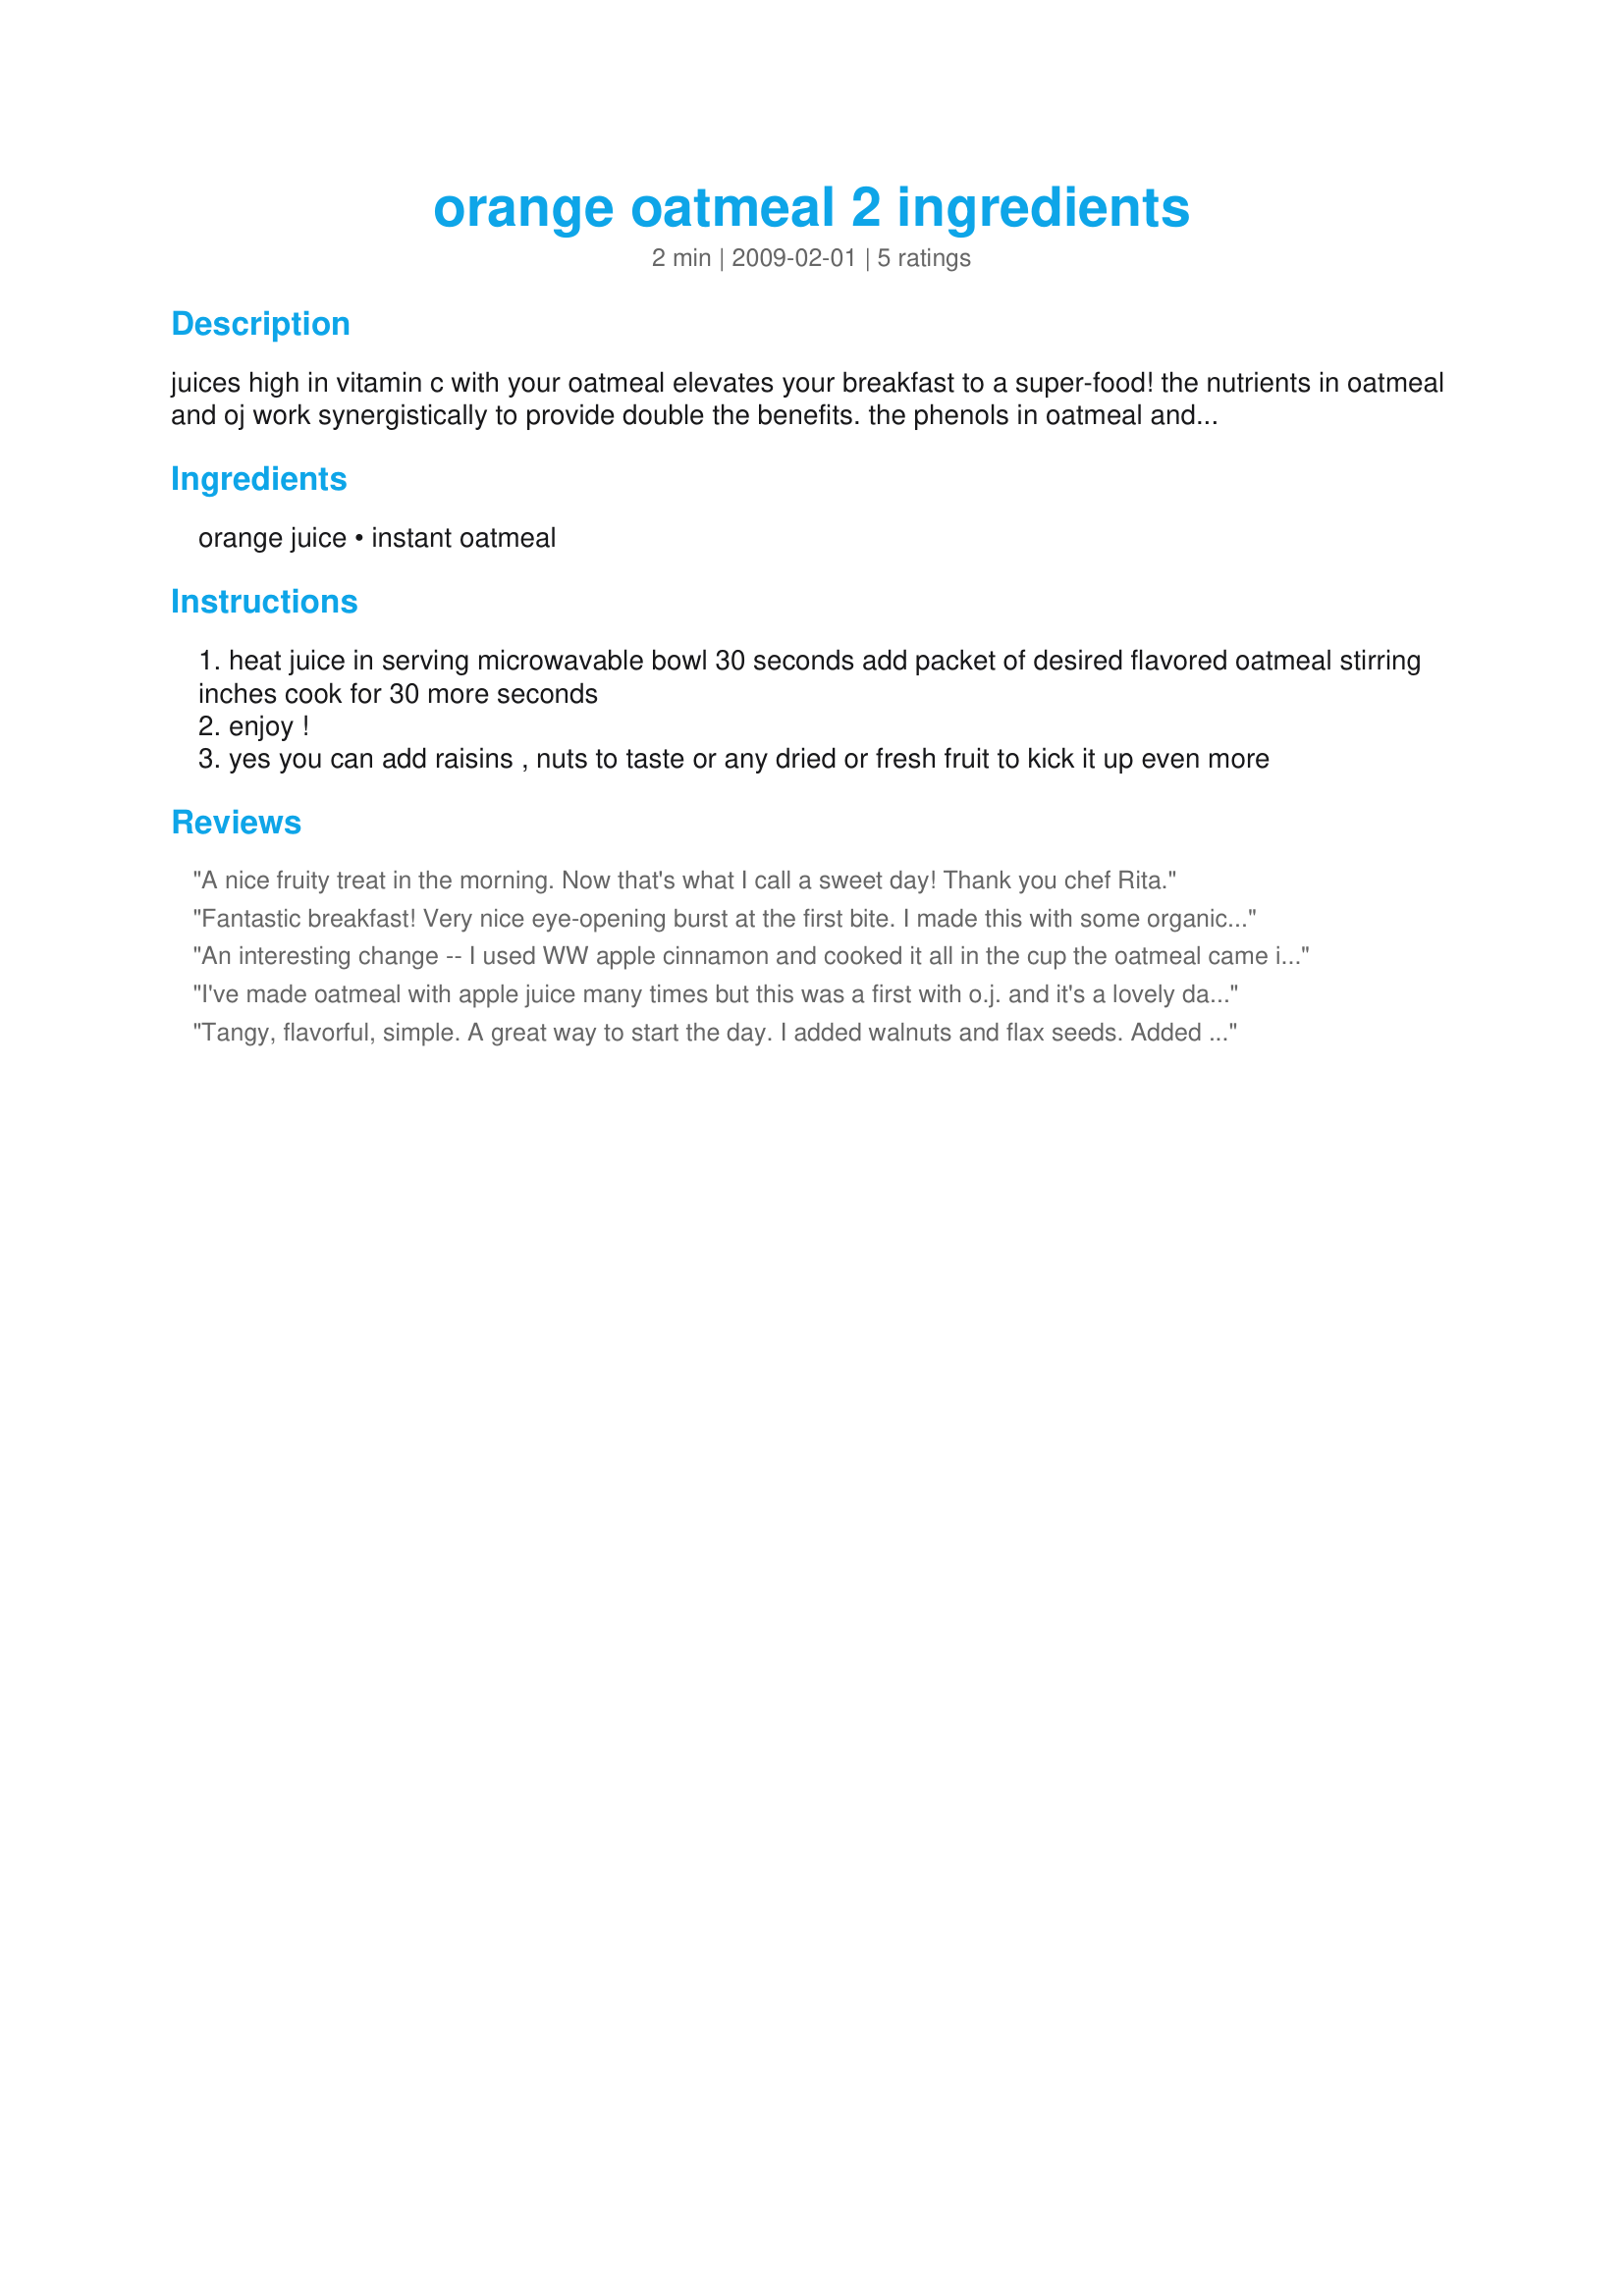
orange oatmeal 2 ingredients
Preparation time: 2 minutes

juices high in vitamin c with your oatmeal elevates your breakfast to a super-food!
the nutrients in oatmeal and oj work synergistically to provide double the benefits.
the phenols in oatmeal and the vitamin c in orange juice both help make ldl more stable. the more stable your ldl, the less likely it is to rupture, stick to artery walls and cause heart attacks.
so reduce your cholesterol!
with this excellent source of fiber and good source of potassium and omega-3. low in sodium. dairy free making it good for lactose intolerant!

Ingredients:
orange juice, instant oatmeal

Steps:
heat juice in serving microwavable bowl 30 seconds add packet of desired flavored oatmeal stirring inches cook for 30 more seconds
enjoy !
yes you can add raisins , nuts to taste or any dried or fresh fruit to kick it up even more

Reviews:
A nice fruity treat in the morning.
Now that's what I call a sweet day!
 Thank you chef Rita.
Fantastic breakfast! Very nice eye-opening burst at the first bite. I made this with some organic oatmeal with flax seeds and enjoyed every bite! Thank you for a simple way to start the day off healthy and delicious!
An interesting change -- I used WW apple cinnamon and cooked it all in the cup the oatmeal came in -- just added the juice and cooked for 1 minute or so. Thanks for sharing.
I've made oatmeal with apple juice many times but this was a first with o.j. and it's a lovely day starter. My only addition was 1/2 a tsp of Splenda. This is bright, fresh tasting and very enjoyable.
Tangy, flavorful, simple. A great way to start the day. I added walnuts and flax seeds. Added it to plain instant oatmeal.
